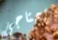
تحتاجي